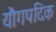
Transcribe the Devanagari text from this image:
यौगपदिक